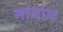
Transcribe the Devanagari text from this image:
मार्याम